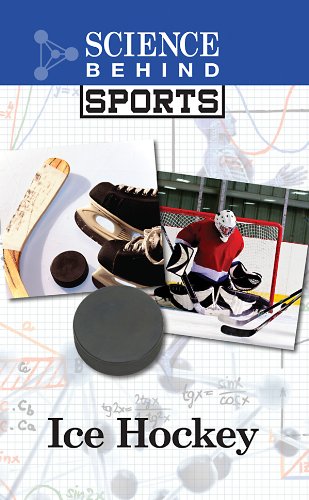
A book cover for Ice Hockey (Science Behind Sports); Anne Wallace Sharp; Teen & Young Adult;